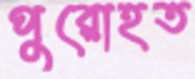
পুরোহত